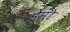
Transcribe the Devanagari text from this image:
हेमो